Trukikaitis_Postimees, lk 19
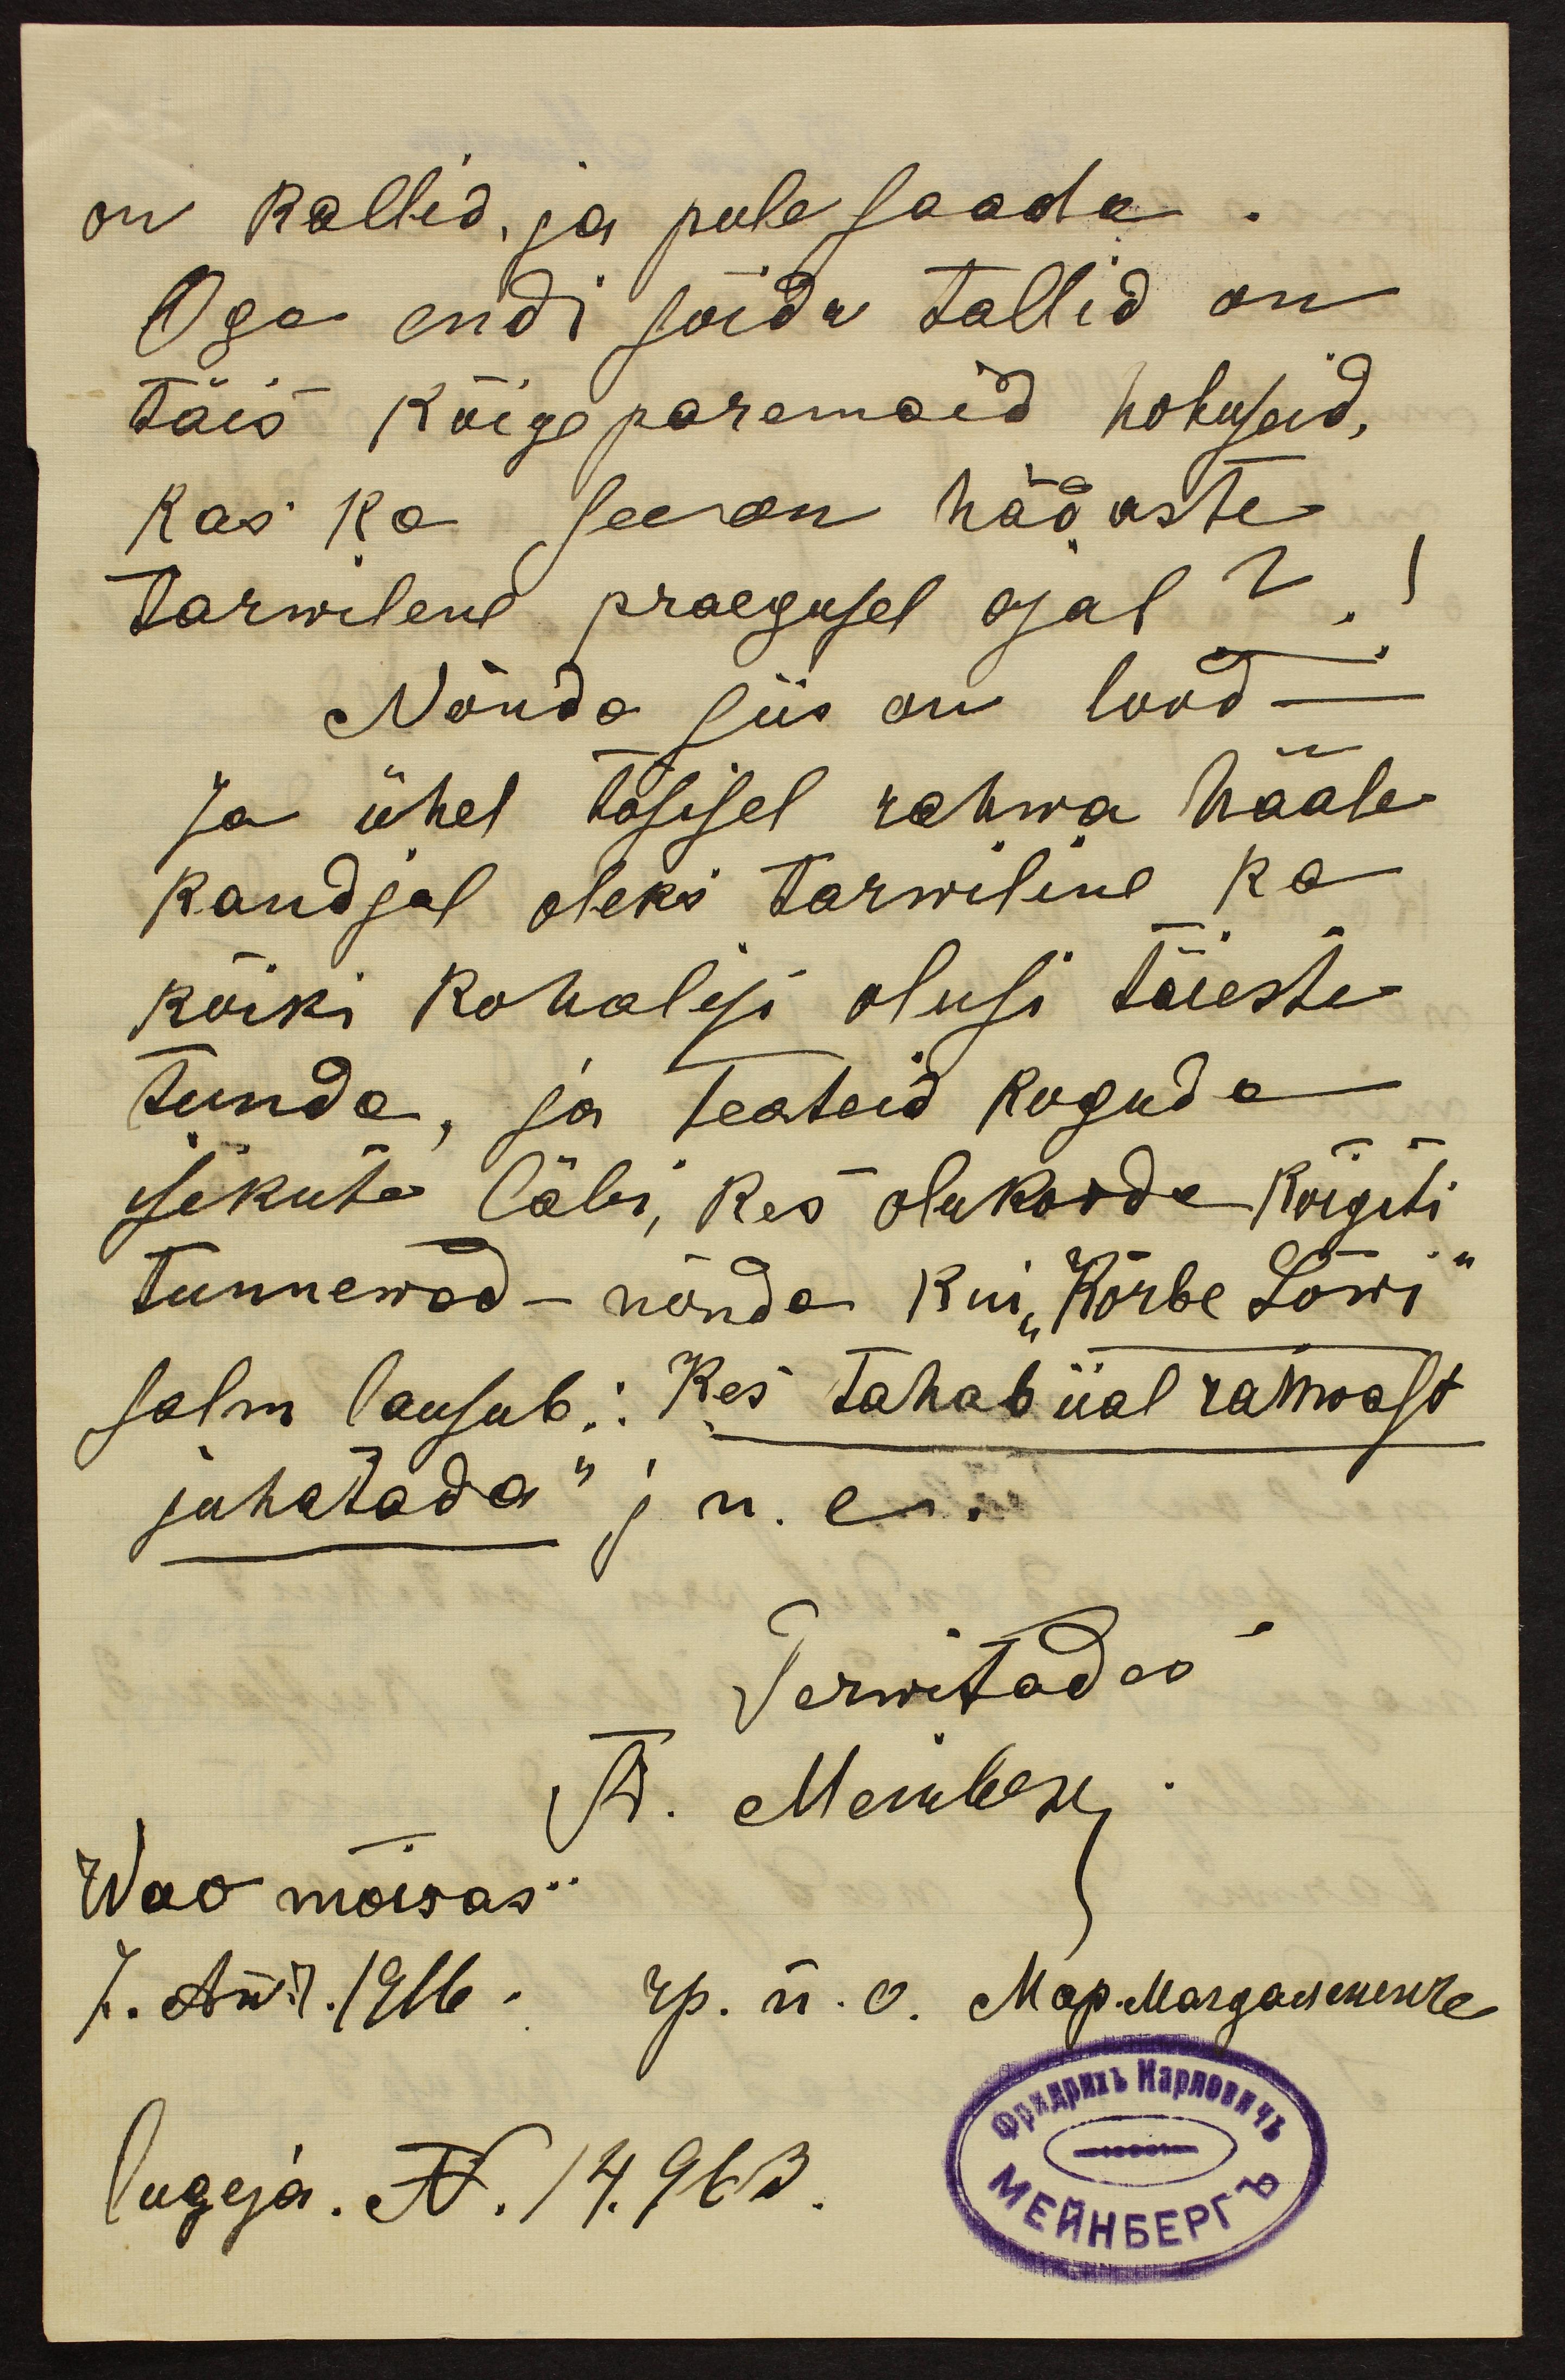
on kallid, ja pole saada.
Aga endi sõidu tallid on
täis kõigeparemaid hobuseid,
kas ka see on hädaste
tarwilene praegusel ajal?
Nõnda siis on lood.
ja ühel tõsisel rahwa hääle
kandjal oleks tarwiline ka
kõiki kohalisi olusi täieste
tunda, ja teateid koguda
isikute läbi, kes olukorda kõigiti
tunnewad - nõnda kui "Kõrbe Lõwi"
salm lausub: Kes tahab iial rahwast
juhatada" j.n.e.
Terwitades
A. Nemberg
Wao mõisas.
7. Au. 7. 1916 . ap. n. o. Map. Margaumerre
lugeja. N. 14.963.